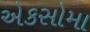
એકસોમા